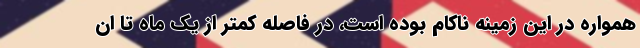
همواره در این زمینه ناکام بوده است، در فاصله کمتر از یک ماه تا ان